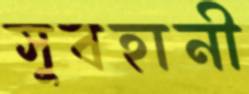
সুবহানী